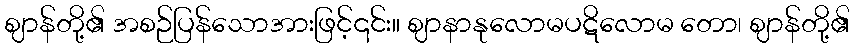
ဈာန်တို့၏ အစဉ်ပြန်သောအားဖြင့်၎င်း။ ဈာနာနုလောမပဋိလောမ တော၊ ဈာန်တို့၏